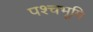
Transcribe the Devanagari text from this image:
पश्चभूमि